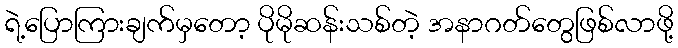
ရဲ့ပြောကြားချက်မှတော့ ပိုမိုဆန်းသစ်တဲ့ အနာဂတ်တွေဖြစ်လာဖို့